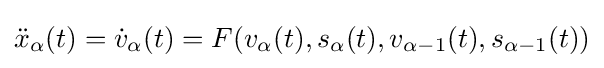
{\ddot {x}}_{\alpha }(t)={\dot {v}}_{\alpha }(t)=F(v_{\alpha }(t),s_{\alpha }(t),v_{\alpha -1}(t),s_{\alpha -1}(t))